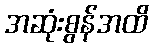
အဆုံးစွန်အထိ